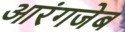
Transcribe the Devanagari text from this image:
आरंगजेब